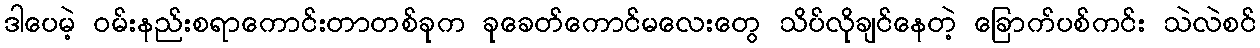
ဒါပေမဲ့ ဝမ်းနည်းစရာကောင်းတာတစ်ခုက ခုခေတ်ကောင်မလေးတွေ သိပ်လိုချင်နေတဲ့ ခြောက်ပစ်ကင်း သဲလဲစင်